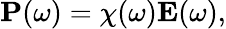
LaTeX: \begin{array}{r}{\mathbf{P}(\omega)=\chi(\omega)\mathbf{E}(\omega),}\end{array}